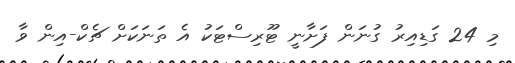
މި 24 ގަޑިއިރު ގުނަން ފަށާނީ ޓޫރިސްޓަކު އެ ތަނަކަށް ޗެކް-އިން ވާ